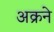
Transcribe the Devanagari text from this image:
अक्रने